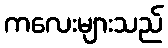
ကလေးများသည်